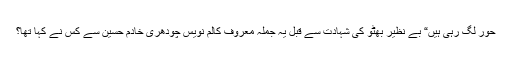
حور لگ رہی ہیں“ بے نظیر بھٹو کی شہادت سے قبل یہ جملہ معروف کالم نویس چودھری خادم حسین سے کس نے کہا تھا؟